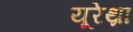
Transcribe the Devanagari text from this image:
यूरेथ्रा